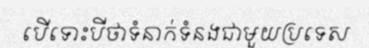
បើទោះបីថាទំនាក់ទំនងជាមួយប្រទេស